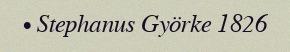
• Stephanus Györke 1826